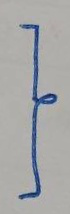
}